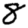
Digit: 8